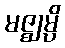
မဇ္ဈမ္ပိ